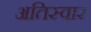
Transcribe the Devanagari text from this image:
अतिस्वार